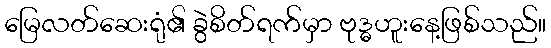
မြေလတ်ဆေးရုံ၏ ခွဲစိတ်ရက်မှာ ဗုဒ္ဓဟူးနေ့ဖြစ်သည်။